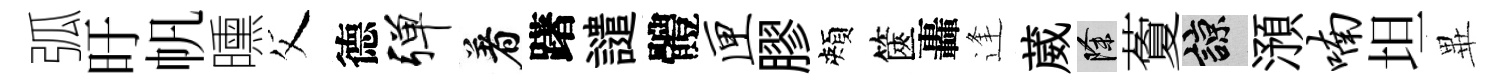
弧旴帆曛父德弹着躇譴體匣膠頰篋轟逢葳除藑諒澦喃坦𭺾